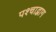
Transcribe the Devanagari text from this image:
पश्चाद्भाग